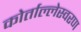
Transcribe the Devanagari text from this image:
कोर्ताल्लेस्वरण